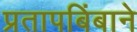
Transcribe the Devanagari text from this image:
प्रतापबिंबाने